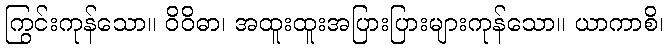
ကြွင်းကုန်သော။ ဝိဝိဓာ၊ အထူးထူးအပြားပြားများကုန်သော။ ယာကာစိ၊